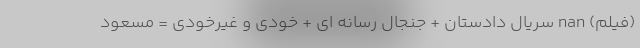
(فیلم) nan سریال دادستان + جنجال رسانه ای + خودی و غیرخودی = مسعود